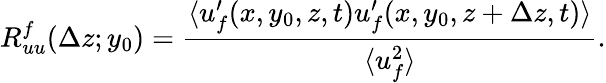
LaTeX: R_{uu}^{f}(\Delta z;y_{0})=\frac{\langle{u_{f}^{\prime}(x,y_{0},z,t)u_{f}^{\prime}(x,y_{0},z+\Delta z,t)}\rangle}{\langle{u_{f}^{2}}\rangle}.